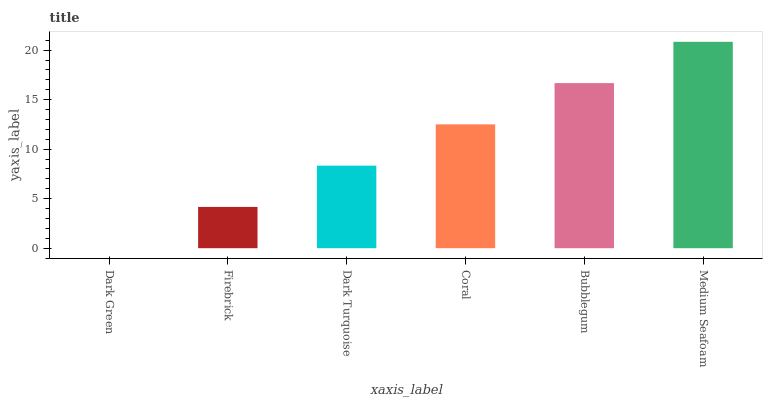
| xaxis_label | bars |
 | --- | --- |
 | Dark Green | 0 |
 | Firebrick | 4.17 |
 | Dark Turquoise | 8.34 |
 | Coral | 12.5 |
 | Bubblegum | 16.7 |
 | Medium Seafoam | 20.8 |